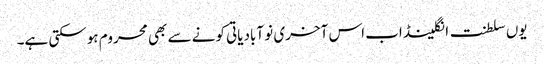
یوں سلطنت انگلینڈ اب اس آخری نو آبادیاتی کونے سے بھی محروم ہوسکتی ہے۔